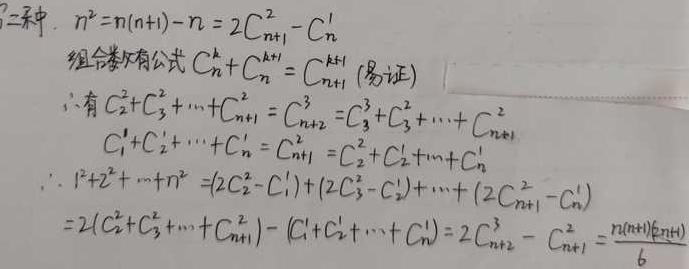
\[
\begin{align*}
&n^{2}=n(n + 1)-n=2C_{n + 1}^{2}-C_{n}^{1}\\
&\text{组合数有公式 }C_{n}^{k}+C_{n}^{k + 1}=C_{n+1}^{k + 1}\text{ (易证)}\\
&\therefore\text{有 }C_{2}^{2}+C_{3}^{2}+\cdots +C_{n + 1}^{2}=C_{n + 2}^{3}=C_{3}^{3}+C_{3}^{2}+\cdots +C_{n + 1}^{2}\\
&C_{1}^{1}+C_{2}^{1}+\cdots +C_{n}^{1}=C_{n + 1}^{2}=C_{2}^{2}+C_{2}^{1}+\cdots +C_{n}^{1}\\
&\therefore1^{2}+2^{2}+\cdots +n^{2}=(2C_{2}^{2}-C_{1}^{1})+(2C_{3}^{2}-C_{2}^{1})+\cdots+(2C_{n + 1}^{2}-C_{n}^{1})\\
&=2(C_{2}^{2}+C_{3}^{2}+\cdots +C_{n + 1}^{2})-(C_{1}^{1}+C_{2}^{1}+\cdots +C_{n}^{1})=2C_{n + 2}^{3}-C_{n + 1}^{2}=\frac{n(n + 1)(2n + 1)}{6}
\end{align*}
\]